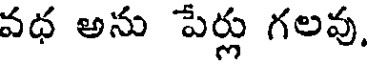
వధ అను పేర్లు గలవు,